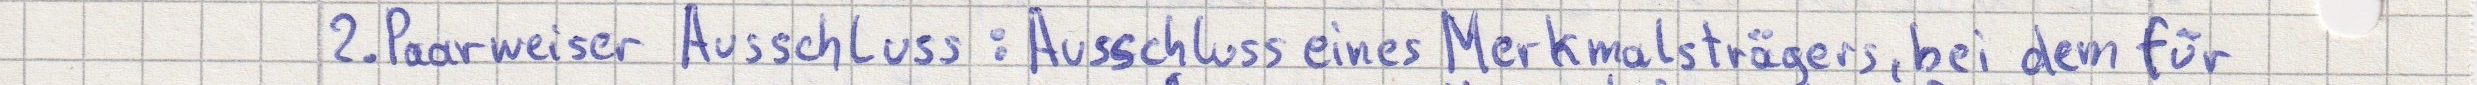
2. Paarweiser Ausschluss: Ausschluss eines Merkmalsträger, bei dem für